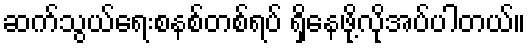
ဆက်သွယ်ရေးစနစ်တစ်ရပ် ရှိနေဖို့လိုအပ်ပါတယ်။